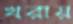
খরায়